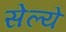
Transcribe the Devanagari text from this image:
सेल्ये